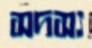
সদস্য